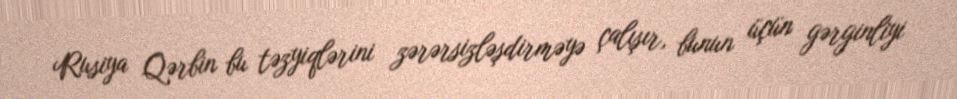
Rusiya Qərbin bu təzyiqlərini zərərsizləşdirməyə çalışır, bunun üçün gərginliyi